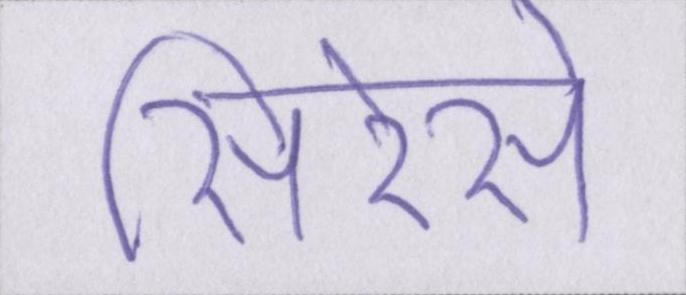
सिरेसे